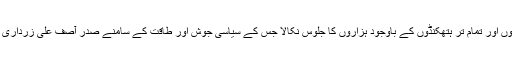
وزارت داخلہ کی تمام تر کوششوں اور تمام تر ہتھکنڈوں کے باوجود ہزاروں کا جلوس نکالا جس کے سیاسی جوش اور طاقت کے سامنے صدر آصف علی زرداری کی ضد پانی کی طرح بہہ گئی۔